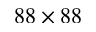
8 8 \times 8 8